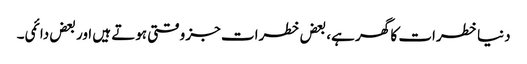
دنیا خطرات کا گھر ہے، بعض خطرات جز وقتی ہوتے ہیں اور بعض دائمی۔